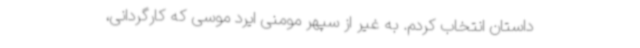
داستان انتخاب کردم. به غیر از سپهر مومنی ایرد موسی که کارگردانی،